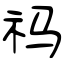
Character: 祃